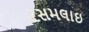
રસમલાઇ